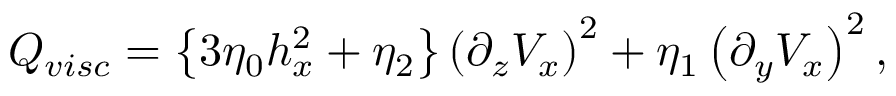
Q _ { v i s c } = \left\{ 3 \eta _ { 0 } h _ { x } ^ { 2 } + \eta _ { 2 } \right\} \left( \partial _ { z } V _ { x } \right) ^ { 2 } + \eta _ { 1 } \left( \partial _ { y } V _ { x } \right) ^ { 2 } ,